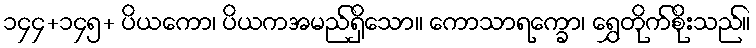
၁၄၄+၁၄၅+ ပိယကော၊ ပိယကအမည်ရှိသော။ ကောသာရက္ခော၊ ရွှေတိုက်စိုးသည်။